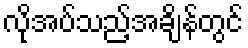
လိုအပ်သည့်အချိန်တွင်